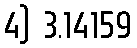
4) 3.14159